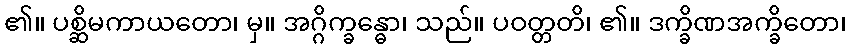
၏။ ပစ္ဆိမကာယတော၊ မှ။ အဂ္ဂိက္ခန္ဓော၊ သည်။ ပဝတ္တတိ၊ ၏။ ဒက္ခိဏအက္ခိတော၊